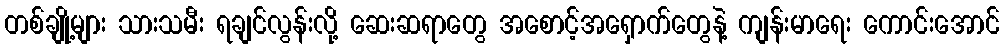
တစ်ချို့များ သားသမီး ရချင်လွန်းလို့ ဆေးဆရာတွေ အစောင့်အရှောက်တွေနဲ့ ကျန်းမာရေး ကောင်းအောင်